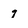
Character: q